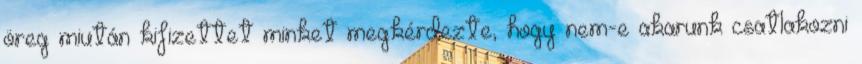
öreg miután kifizettet minket megkérdezte, hogy nem-e akarunk csatlakozni